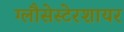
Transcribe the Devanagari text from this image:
ग्लौसेस्टेरशायर